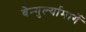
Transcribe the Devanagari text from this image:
वेन्गुर्ल्यामार्गे